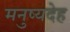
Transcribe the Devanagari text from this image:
मनुष्यदेह